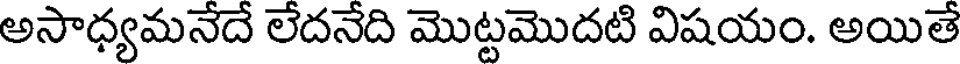
అసాధ్యమనేదే లేదనేది మొట్టమొదటి విషయం. అయితే